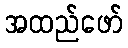
အထည်ဖော်